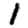
Digit: 1